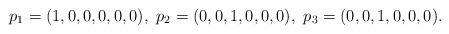
LaTeX: \begin{align*}p_1=(1,0,0,0,0,0),\ p_2=(0,0,1,0,0,0),\ p_3=(0,0,1,0,0,0).\end{align*}